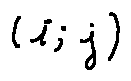
( i , j )